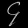
Digit: ၄